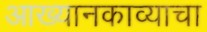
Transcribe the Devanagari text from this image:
आख्यानकाव्याचा